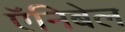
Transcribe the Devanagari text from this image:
ऍनिबेल